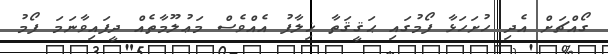
ގޯއްޗަށް އެދި ހުށަހަޅާ ފޯމުގައި ޙަޤީޤަތާ ޚިލާފު އެއްވެސް މަޢުލޫމާތެއް ދީފައިވާނަމަ ފޯމު